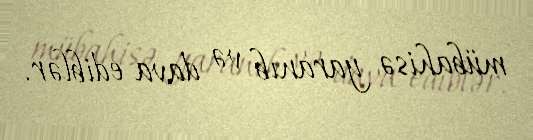
mübahisə yaranıb və dava ediblər.